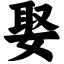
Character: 娶